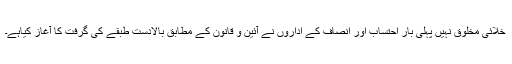
خلائی مخلوق نہیں پہلی بار احتساب اور انصاف کے اداروں نے آئین و قانون کے مطابق بالادست طبقے کی گرفت کا آغاز کیاہے۔